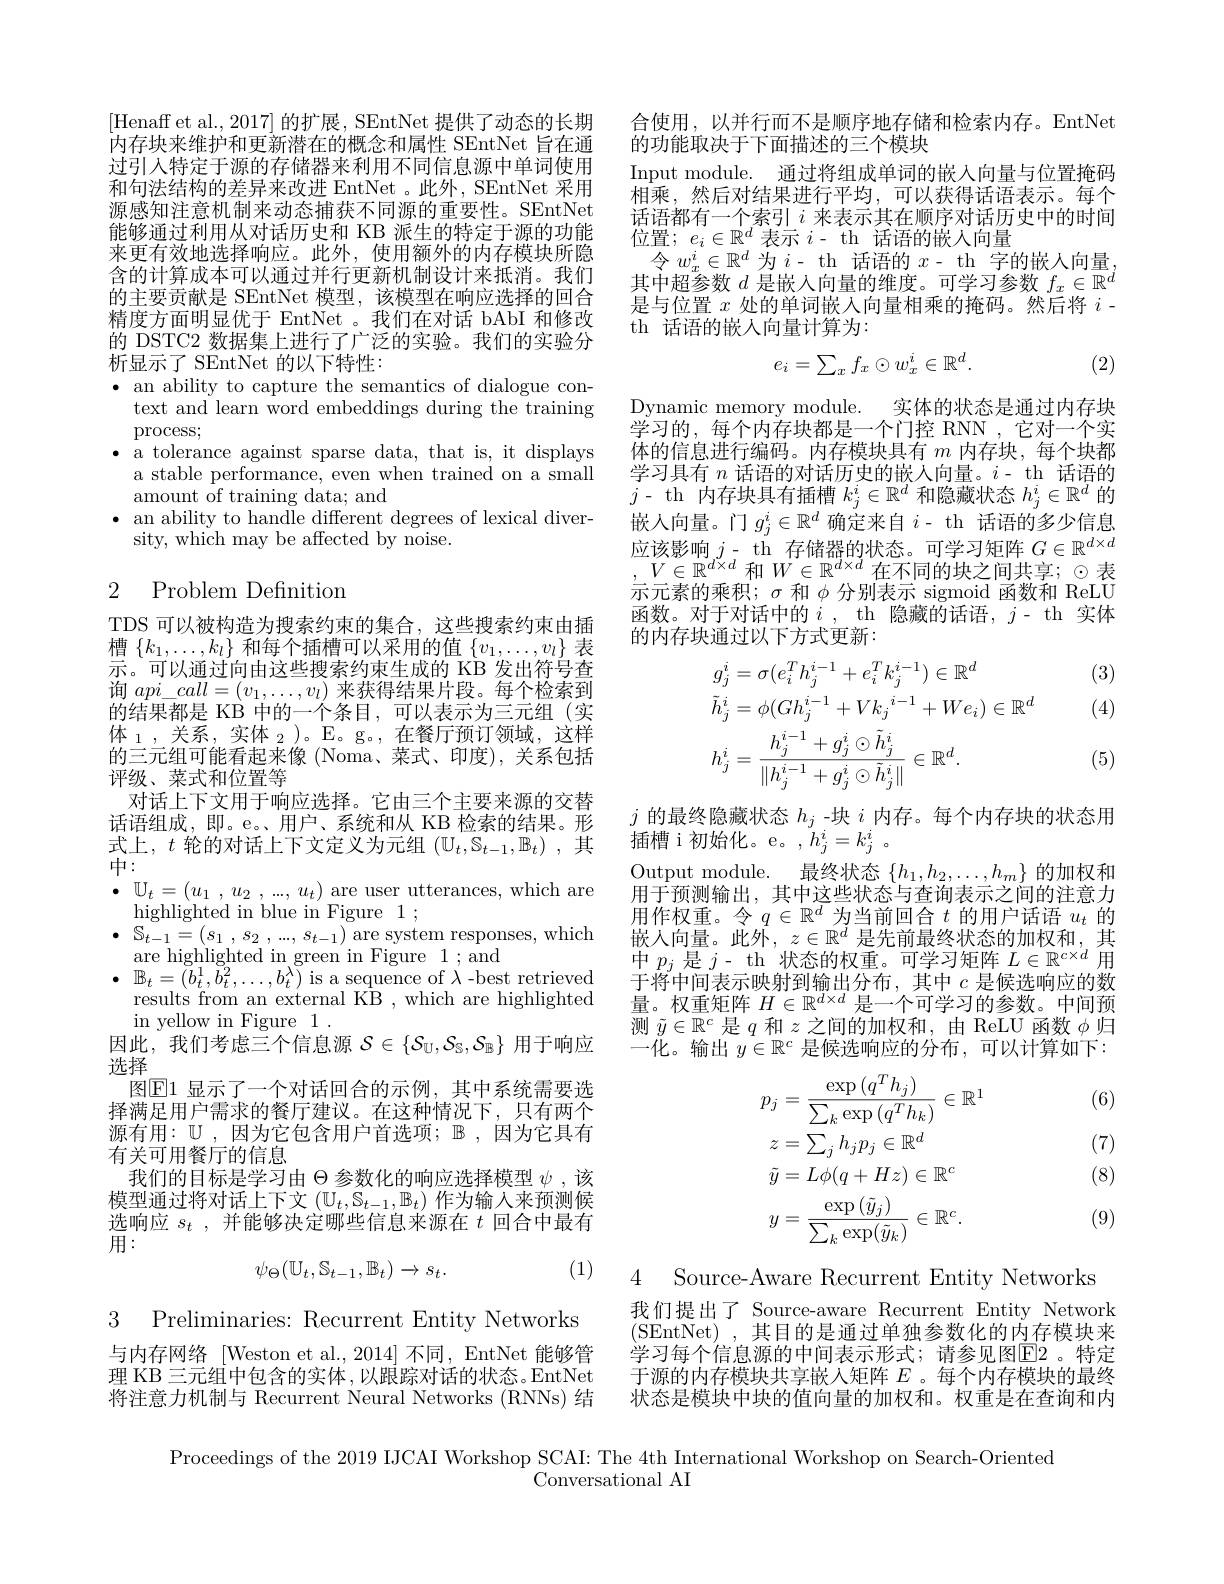
合使用，以并行而不是顺序地存储和检索内存。EntNet
的功能取决于下面描述的三个模块
Input module. 通过将组成单词的嵌人向量与位置掩码相乘，然后对结果进行平均，可以获得话语表示。每个话语都有一个索引$i$来表示其在顺序对话历史中的时间位置；$e_i\in\mathbb{R}^d$表示$i-$ th 话语的嵌人向量令$w_x^i\in\mathbb{R}^d$为$i-$ th 话语的$x-$ th 字的嵌入向量其中超参数$d$是嵌入向量的维度。可学习参数$f_x\in\mathbb{R}^d$ 是与位置$x$处的单词嵌入向量相乘的掩码。然后将$i$ - th 话语的嵌人向量计算为：

[Henaff et al., 2017]的扩展，SEntNet 提供了动态的长期$\dot{\text{内存块来维护和更新潜在的概念和属性 SEntNet 旨在通}}$ 过引人特定于源的存储器来利用不同信息源中单词使用和句法结构的差异来改进 EntNet 。此外，SEntNet 采用源感知注意机制来动态捕获不同源的重要性。SEntNet 能够通过利用从对话历史和 KB 派生的特定于源的功能来更有效地选择响应。此外，使用额外的内存模块所隐含的计算成本可以通过并行更新机制设计来抵消。我们的主要贡献是 SEntNet 模型，该模型在响应选择的回合精度方面明显优于 EntNet 。我们在对话 bAbI 和修改的 DSTC2 数据集上进行了广泛的实验。我们的实验分

析显示了 SEntNet 的以下特性：

(2)
$$e_i=\sum_xf_x\odot w_x^i\in\mathbb{R}^d.$$
$\bullet$ an ability to capture the semantics of dialogue con-

text and learn word embeddings during the training

process;

$\bullet$ a tolerance against sparse data, that is, it displays

a stable performance, even when trained on a small

amount of training data; and

· an ability to handle different degrees of lexical diver-

Dynamic memory module. 实体的状态是通过内存块学习的，每个内存块都是一个门控 RNN,它对一个实体的信息进行编码。内存模块具有$m$内存块，每个块都学习具有$n$话语的对话历史的嵌人向量。$i$- th 话语的$j$- th 内存块具有插槽$k_j^i\in\mathbb{R}^d$和隐藏状态$h_j^i\in\mathbb{R}^d$的嵌入向量。门$g_j^i\in\mathbb{R}^d$确定来自$i$- th 话语的多少信息应该影响$j$- th 存储器的状态。可学习矩阵 $G\in\mathbb{R}^d\times d$ $V\in\mathbb{R}^{d\times d}$和$W\in\mathbb{R}^{d\times d}$在不同的块之间共享；$\odot$表$\begin{array}{l}\text{示元素的乘积；}\sigma\text{ 和 }\phi\text{ 分别表示 sigmoid 函数和 ReLU}\\\text{函数。对于对话中的 }i,\mathrm{~th~隐藏的话语，~j~-~th~实体}\end{array}$ 的内存块通过以下方式更新：

sity, which may be affected by noise.

## 2 Problem Definition

(3)

(4)
$$\begin{aligned}&g_{j}^{i}=\sigma(e_{i}^{T}h_{j}^{i-1}+e_{i}^{T}k_{j}^{i-1})\in\mathbb{R}^{d}\\&\tilde{h}_{j}^{i}=\phi(Gh_{j}^{i-1}+Vk_{j}^{i-1}+We_{i})\in\mathbb{R}^{d}\\&h_{j}^{i}=\frac{h_{j}^{i-1}+g_{j}^{i}\odot\tilde{h}_{j}^{i}}{\|h_{j}^{i-1}+g_{j}^{i}\odot\tilde{h}_{j}^{i}\|}\in\mathbb{R}^{d}.\end{aligned}$$
(5)

TDS 可以被构造为搜索约束的集合，这些搜索约束由插槽$\{k_1,\ldots,k_l\}$和每个插槽可以采用的值$\{v_1,\ldots,v_l\}$表示。可以通过向由这些搜索约束生成的 KB 发出符号查的结果都是 KB 中的一个条目，可以表示为三元组(实体$_1$,关系$, \text{实 体 }_2) 。\mathbb{E}$。g。,在餐厅预订领域，这样的三元组可能看起来像 (Noma、菜式、印度),关系包括评级、菜式和位置等
对话上下文用于响应选择。它由三个主要来源的交替话语组成，即。e。、用户、系统和从 KB 检索的结果。形式上，$t$轮的对话上下文定义为元组$(\mathbb{U}_t,\mathbb{S}_{t-1},\mathbb{B}_t)$ ,其中：
$\bullet$ $\mathbb{U} _{t}= ( u_{1}$ , $u_{2}$ , ..., $u_{t})$ are user utterances, which are
highlighted in blue in Figure 1 ;
$\bullet$ $\mathbb{S} _{t- 1}= \left ( s_{1}\:, \:s_{2}\:, \:\ldots , \:s_{t- 1}\right )$are system responses, which
are highlighted in green in Figure 1 ; and
$\bullet$ $\mathbb{B} _{t}= \bar {( b}_{t}^{1}, \bar{b} _{t}^{2}, \ldots , \bar{b} _{t}^{\lambda }\bar{) }$ is a sequence of $\lambda$ -best retrieved
results from an external KB , which are highlighted
in yellow in Figure 1 .
因此，我们考虑三个信息源$\mathcal{S}\in\{\mathcal{S}_{\mathcal{U}},\mathcal{S}_{\mathcal{S}},\mathcal{S}_{\mathbb{B}}\}$用于响应
选择
图$\overline{\mathrm{E}}$1 显示了一个对话回合的示例，其中系统需要选择满足用户需求的餐厅建议。在这种情况下，只有两个源有用：$\mathbb{U}$,因为它包含用户首选项；$\mathbb{B}$,因为它具有有关可用餐厅的信息
我们的目标是学习由$\Theta$参数化的响应选择模型$\psi$,该模型通过将对话上下文$(\mathbb{U}_t,\mathbb{S}_{t-1},\mathbb{B}_t)$作为输入来预测候选响应$s_t$,并能够决定哪些信息来源在$t$回合中最有$\bar{\text{用}}:$
$$\psi_\Theta(\mathbb{U}_t,\mathbb{S}_{t-1},\mathbb{B}_t)\to s_t.$$
$j$的最终隐藏状态$h_j$ -块$i$内存。每个内存块的状态用
插槽 i 初始化。e。$,h_j^i=k_j^i~.$
Output module. 最终状态$\{h_1,h_2,\ldots,h_m\}$的加权和$\hat{\text{用于预测输出，其中这些状态与查询表示之间的注意力}}$ 用作权重。令$q\in\mathbb{R}^d$为当前回合$t$的用户话语$u_t$的嵌人向量。此外，$z\in\mathbb{R}^d$是先前最终状态的加权和，其中$p_j$是$j-$ th 状态的权重。可学习矩阵$L\in\mathbb{R}^c\times d$用于将中间表示映射到输出分布，其中$c$是候选响应的数量。权重矩阵$H\in\mathbb{R}^d\times d$是一个可学习的参数。中间预测$\tilde{y}\in\mathbb{R}^c$是$q$和$z$之间的加权和，由 ReLU 函数$\phi$归一化。输出$y\in\mathbb{R}^c$是候选响应的分布，可以计算如下：

(6)

(7) (8)
$$\begin{aligned}&p_{j}=\frac{\exp{(q^{T}h_{j})}}{\sum_{k}\exp{(q^{T}h_{k})}}\in\mathbb{R}^{1}\\&z=\sum_{j}h_{j}p_{j}\in\mathbb{R}^{d}\\&\tilde{y}=L\phi(q+Hz)\in\mathbb{R}^{c}\\&y=\frac{\exp{(\tilde{y}_{j})}}{\sum_{k}\exp(\tilde{y}_{k})}\in\mathbb{R}^{c}.\end{aligned}$$
(9)

(1)

4 Source-Aware Recurrent Entity Networks
我们提出了 Source-aware Recurrent Entity Network (SEntNet),其目的是通过单独参数化的内存模块来学习每个信息源的中间表示形式；请参见图E2。特定于源的内存模块共享嵌入矩阵$E$ 。每个内存模块的最终状态是模块中块的值向量的加权和。权重是在查询和内

3 Preliminaries: Recurrent Entity Networks 与内存网络 [Weston et al.,2014] 不同，EntNet 能够管理 KB 三元组中包含的实体 ,以跟踪对话的状态。EntNet 将注意力机制与 Recurrent Neural Networks (RNNs) 结

Proceedings of the 2019 IJCAI Workshop SCAI: The 4th International Workshop on Search-Oriented

Conversational AI